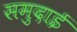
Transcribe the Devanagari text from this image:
समुदाई